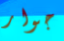
جوار